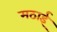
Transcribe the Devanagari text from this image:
मठाई